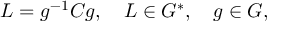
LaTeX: L = g ^ { - 1 } C g , \quad L \in G ^ { * } , \quad g \in G ,